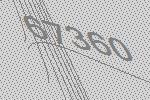
67360